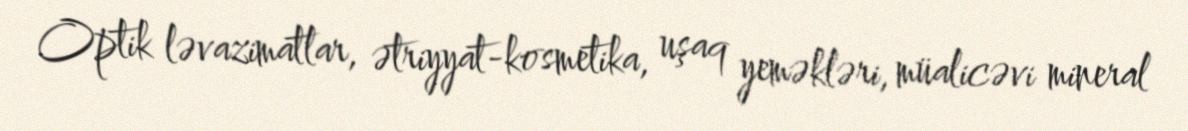
Optik ləvazimatlar, ətriyyat-kosmetika, uşaq yeməkləri, müalicəvi mineral